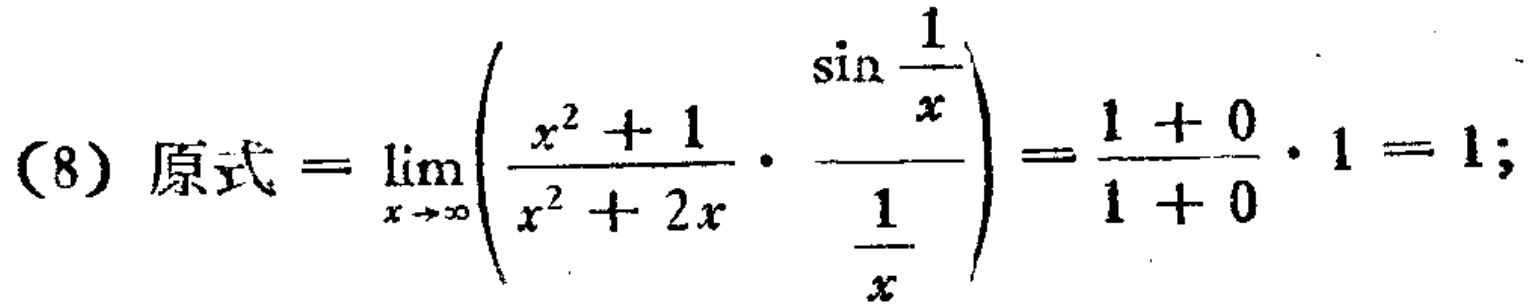
(8) 原式 \(=\lim_{x \to \infty}\left(\frac{x^{2}+1}{x^{2}+2x}\cdot\frac{\sin\frac{1}{x}}{\frac{1}{x}}\right)=\frac{1 + 0}{1+0}\cdot1 = 1\);